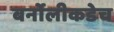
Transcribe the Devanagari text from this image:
बर्नोलीकडेच